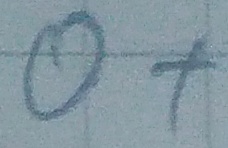
Text: O-